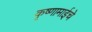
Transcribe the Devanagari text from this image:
कृष्णामाईचे